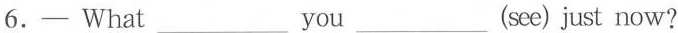
6.— What___ you___(see) just now?